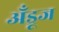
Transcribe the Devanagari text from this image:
अँड्रूज